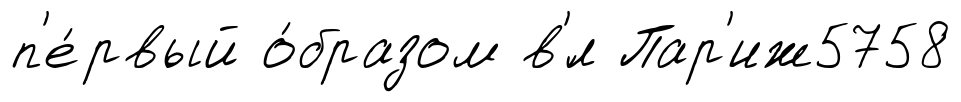
п'е́рвый о́бразом в'́л Пар'иж5758